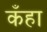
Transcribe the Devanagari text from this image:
कँहा